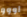
اووو